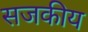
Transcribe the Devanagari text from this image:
सजकीय